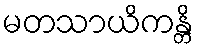
မတသာယိကန္တိ